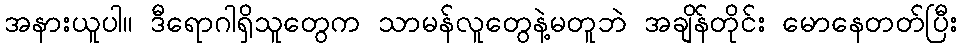
အနားယူပါ။ ဒီရောဂါရှိသူတွေက သာမန်လူတွေနဲ့မတူဘဲ အချိန်တိုင်း မောနေတတ်ပြီး